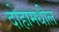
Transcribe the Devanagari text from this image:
दोहामधील